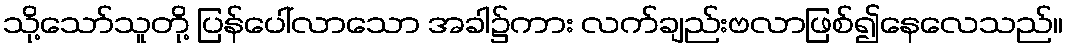
သို့သော်သူတို့ ပြန်ပေါ်လာသော အခါ၌ကား လက်ချည်းဗလာဖြစ်၍နေလေသည်။